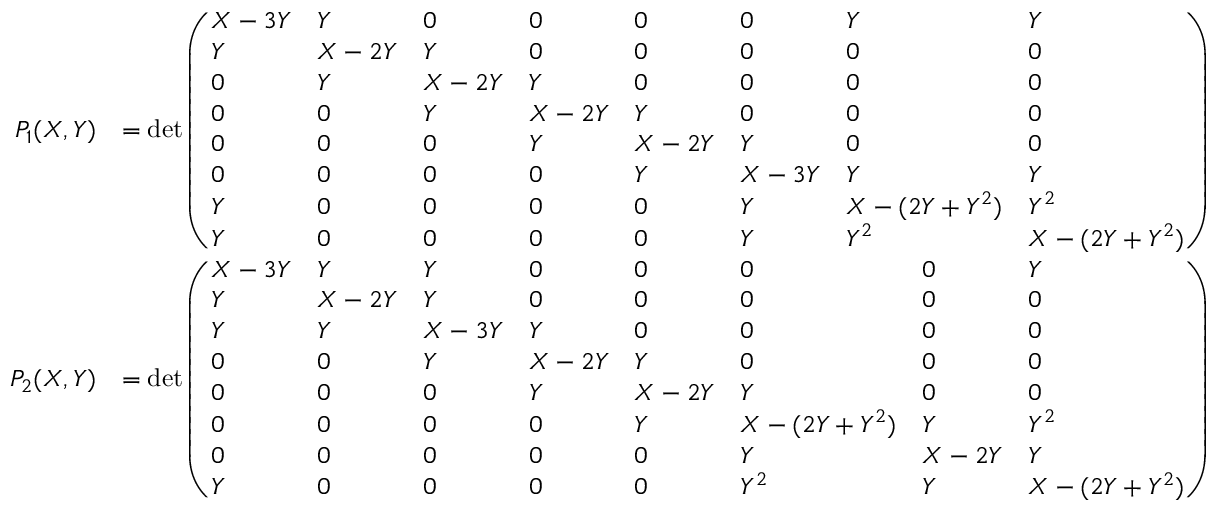
\begin{array} { r l } { P _ { 1 } ( X , Y ) } & { = \operatorname* { d e t } \left( \begin{array} { l l l l l l l l } { X - 3 Y } & { Y } & { 0 } & { 0 } & { 0 } & { 0 } & { Y } & { Y } \\ { Y } & { X - 2 Y } & { Y } & { 0 } & { 0 } & { 0 } & { 0 } & { 0 } \\ { 0 } & { Y } & { X - 2 Y } & { Y } & { 0 } & { 0 } & { 0 } & { 0 } \\ { 0 } & { 0 } & { Y } & { X - 2 Y } & { Y } & { 0 } & { 0 } & { 0 } \\ { 0 } & { 0 } & { 0 } & { Y } & { X - 2 Y } & { Y } & { 0 } & { 0 } \\ { 0 } & { 0 } & { 0 } & { 0 } & { Y } & { X - 3 Y } & { Y } & { Y } \\ { Y } & { 0 } & { 0 } & { 0 } & { 0 } & { Y } & { X - ( 2 Y + Y ^ { 2 } ) } & { Y ^ { 2 } } \\ { Y } & { 0 } & { 0 } & { 0 } & { 0 } & { Y } & { Y ^ { 2 } } & { X - ( 2 Y + Y ^ { 2 } ) } \end{array} \right) } \\ { P _ { 2 } ( X , Y ) } & { = \operatorname* { d e t } \left( \begin{array} { l l l l l l l l } { X - 3 Y } & { Y } & { Y } & { 0 } & { 0 } & { 0 } & { 0 } & { Y } \\ { Y } & { X - 2 Y } & { Y } & { 0 } & { 0 } & { 0 } & { 0 } & { 0 } \\ { Y } & { Y } & { X - 3 Y } & { Y } & { 0 } & { 0 } & { 0 } & { 0 } \\ { 0 } & { 0 } & { Y } & { X - 2 Y } & { Y } & { 0 } & { 0 } & { 0 } \\ { 0 } & { 0 } & { 0 } & { Y } & { X - 2 Y } & { Y } & { 0 } & { 0 } \\ { 0 } & { 0 } & { 0 } & { 0 } & { Y } & { X - ( 2 Y + Y ^ { 2 } ) } & { Y } & { Y ^ { 2 } } \\ { 0 } & { 0 } & { 0 } & { 0 } & { 0 } & { Y } & { X - 2 Y } & { Y } \\ { Y } & { 0 } & { 0 } & { 0 } & { 0 } & { Y ^ { 2 } } & { Y } & { X - ( 2 Y + Y ^ { 2 } ) } \end{array} \right) } \end{array}